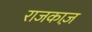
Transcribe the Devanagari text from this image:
राजकाज़